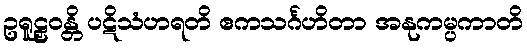
ဥရူဠှဝန္တိ ပဋိသံဟရတိ ဧကသင်္ဂဟိတာ အနုကမ္ပကာတိ